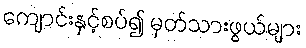
ကျောင်းနှင့်စပ်၍ မှတ်သားဖွယ်များ